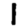
Digit: 1